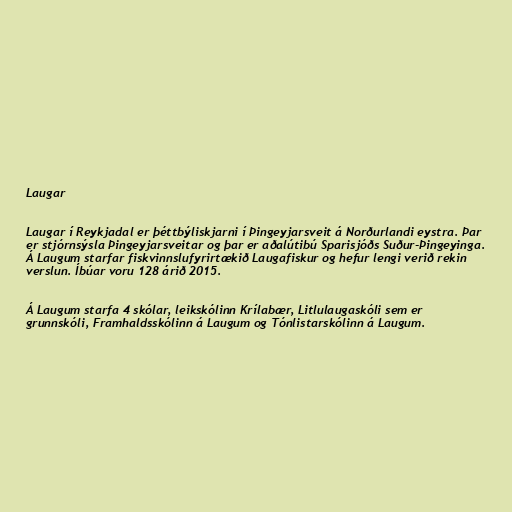
Laugar

Laugar í Reykjadal er þéttbýliskjarni í Þingeyjarsveit á Norðurlandi eystra. Þar
er stjórnsýsla Þingeyjarsveitar og þar er aðalútibú Sparisjóðs Suður-Þingeyinga.
Á Laugum starfar fiskvinnslufyrirtækið Laugafiskur og hefur lengi verið rekin
verslun. Íbúar voru 128 árið 2015.

Á Laugum starfa 4 skólar, leikskólinn Krílabær, Litlulaugaskóli sem er
grunnskóli, Framhaldsskólinn á Laugum og Tónlistarskólinn á Laugum.